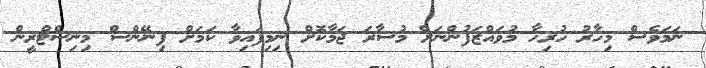
ނަމަވެސް މިހާރު ހުރިހާ މުވައްޒަފުންނަށް މުސާރަ ޖަމާކޮށް ނިމިފައިވާ ކަމަށް ފިނޭންސް މިނިސްޓްރީން